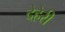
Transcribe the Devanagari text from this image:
देहेरी